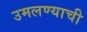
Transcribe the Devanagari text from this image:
उमलण्याची